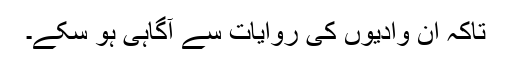
تاکہ ان وادیوں کی روایات سے آگاہی ہو سکے۔